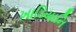
ખાડિયાનિ